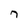
Character: 7